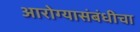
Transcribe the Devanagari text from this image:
आरोग्यासंबंधीचा